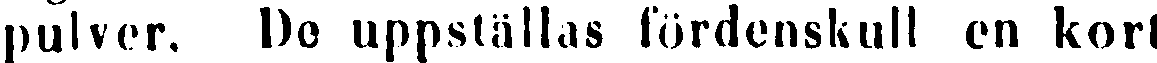
pulver. Du uppställas fördenskull en kort